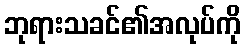
ဘုရားသခင်၏အလုပ်ကို